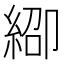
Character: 𬗞